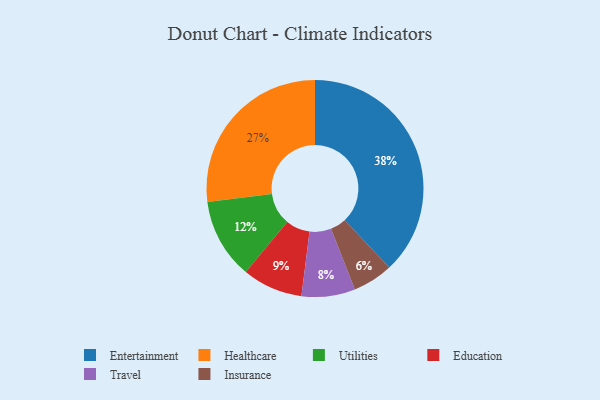
{"axis": {"x": "Category", "y": "Percentage"}, "legend": ["Education", "Entertainment", "Healthcare", "Insurance", "Travel", "Utilities"], "data": [{"x": "Utilities", "y": 12, "type": "Utilities"}, {"x": "Insurance", "y": 6, "type": "Insurance"}, {"x": "Education", "y": 9, "type": "Education"}, {"x": "Entertainment", "y": 38, "type": "Entertainment"}, {"x": "Healthcare", "y": 27, "type": "Healthcare"}, {"x": "Travel", "y": 8, "type": "Travel"}]}